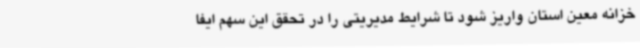
خزانه معین استان واریز شود تا شرایط مدیریتی را در تحقق این سهم ایفا